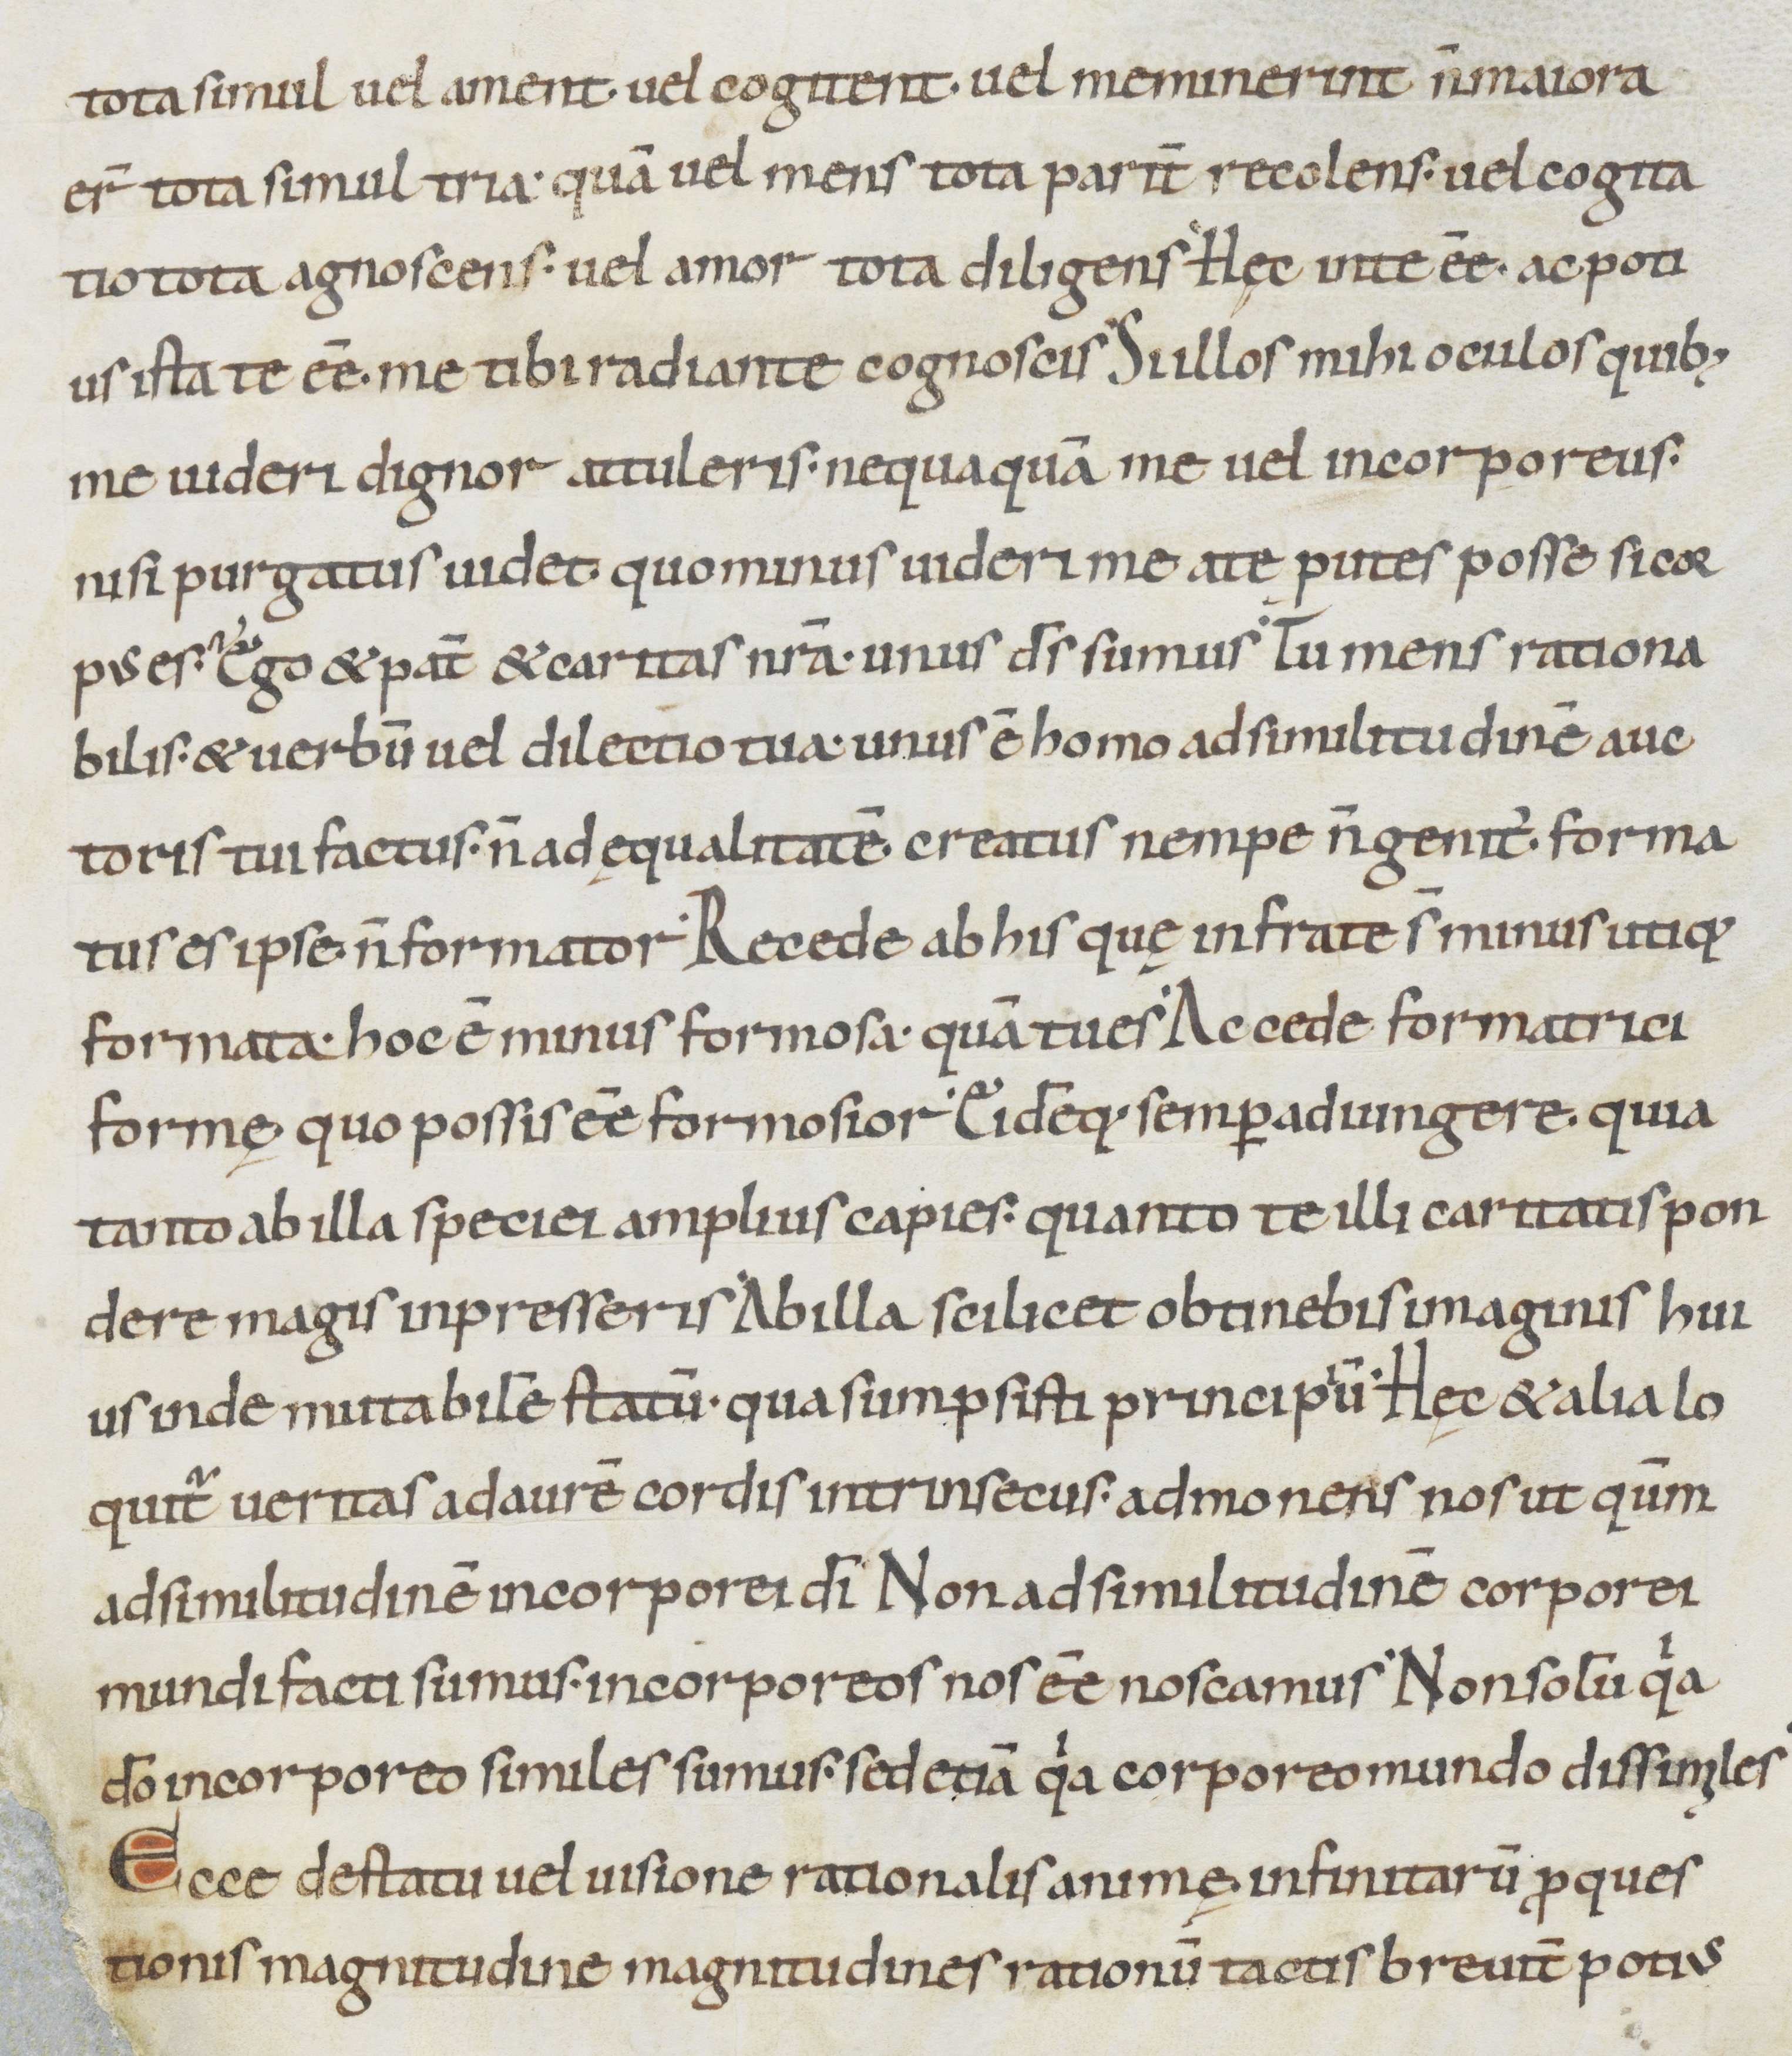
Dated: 900–999